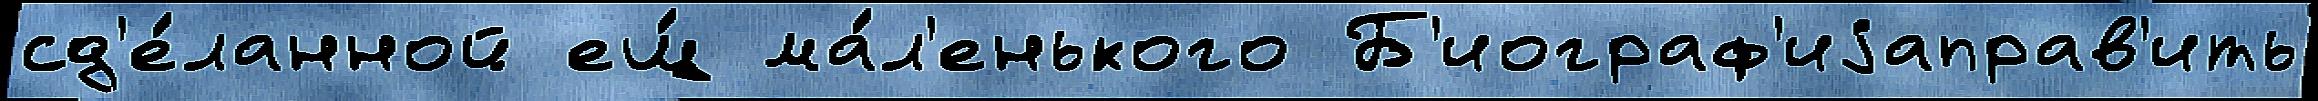
сд'е́ланной ещ́ ма́л'енького Б'иограф'иjаправ'ить